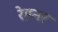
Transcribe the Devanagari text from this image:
रेहनर